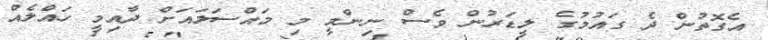
އެގޮތުން ދެ ގައުމުގެ ލީޑަރުން ވެސް ނިންމީ މި މައްސަލައަށް ދާއިމީ ހައްލެއް